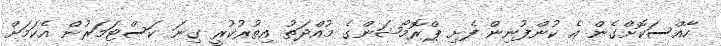
ހާއްސަކޮށްގެން އެ ކުންފުނިން ފެށި ޕްރޮމޯޝަންގެ މުއްދަތު އިތުރުކުރީ ގިނަ ކަސްޓަމަރުން އެކަމަށް